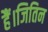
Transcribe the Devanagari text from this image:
हैं।जितिन